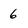
Character: 6